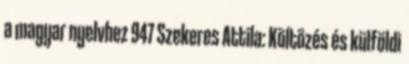
a magyar nyelvhez 947 Szekeres Attila: Költözés és külföldi